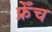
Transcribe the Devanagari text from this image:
फ्रेँच